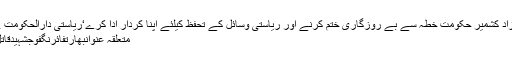
آزاد کشمیر حکومت خطہ سے بے روزگاری ختم کرنے اور ریاستی وسائل کے تحفظ کیلئے اپنا کردار ادا کرے‘ریاستی دارالحکومت ..
متعلقہ عنوانبھارتفائرنگفوجشہیدقاتل